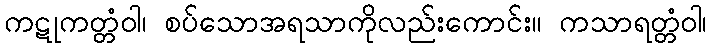
ကဋုကတ္တံဝါ၊ စပ်သောအရသာကိုလည်းကောင်း။ ကသာရတ္တံဝါ၊